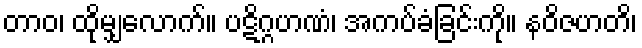
တာဝ၊ ထိုမျှလောက်။ ပဋိဂ္ဂဟဏံ၊ အကပ်ခံခြင်းကို။ နဝိဇဟတိ၊